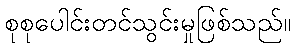
စုစုပေါင်းတင်သွင်းမှုဖြစ်သည်။